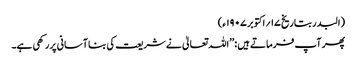
(البدر بتاریخ ۱۷؍اکتوبر ۱۹۰۷ ء)
پھر آپ فرماتے ہیں :’’اللہ تعالیٰ نے شریعت کی بنا آسانی پررکھی ہے۔